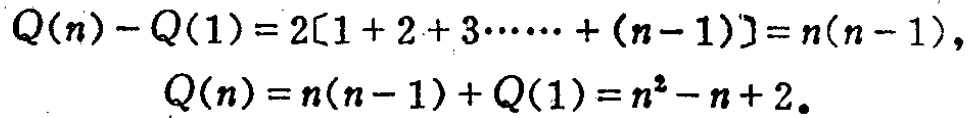
\[
\begin{align*}
Q(n)-Q(1)&=2[1 + 2+3\cdots\cdots+(n - 1)]=n(n - 1),\\
Q(n)&=n(n - 1)+Q(1)=n^{2}-n + 2。
\end{align*}
\]